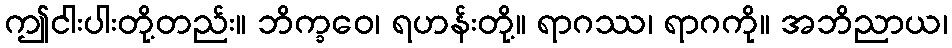
ဤငါးပါးတို့တည်း။ ဘိက္ခဝေ၊ ရဟန်းတို့။ ရာဂဿ၊ ရာဂကို။ အဘိညာယ၊